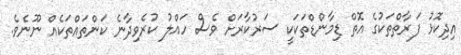
އިދިކޮޅު ފަރާތްތަކުގެ އޮތް ޑިމާންޑްތަކަކީ ސަރުކާރަށް ވެސް ހައްލު ކުރެވިދާނެ ކަންތައްތަކެއް ނޫނެވެ.